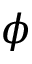
\phi